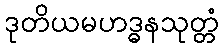
ဒုတိယမဟဒ္ဓနသုတ္တံ